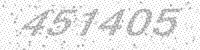
Solution: 451405